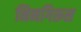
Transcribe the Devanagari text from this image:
निनगिरूस